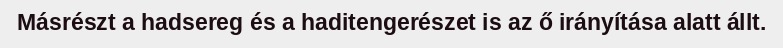
Másrészt a hadsereg és a haditengerészet is az ő irányítása alatt állt.